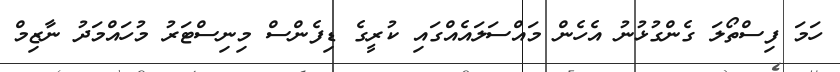
ހަމަ ފިސްތޯލަ ގެންގުޅުނު އެހެން މައްސަލައެއްގައި ކުރީގެ ޑިފެންސް މިނިސްޓަރު މުހައްމަދު ނާޒިމް